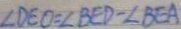
\angle D E O = \angle B E D - \angle B E A